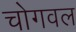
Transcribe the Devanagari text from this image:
चोगवल